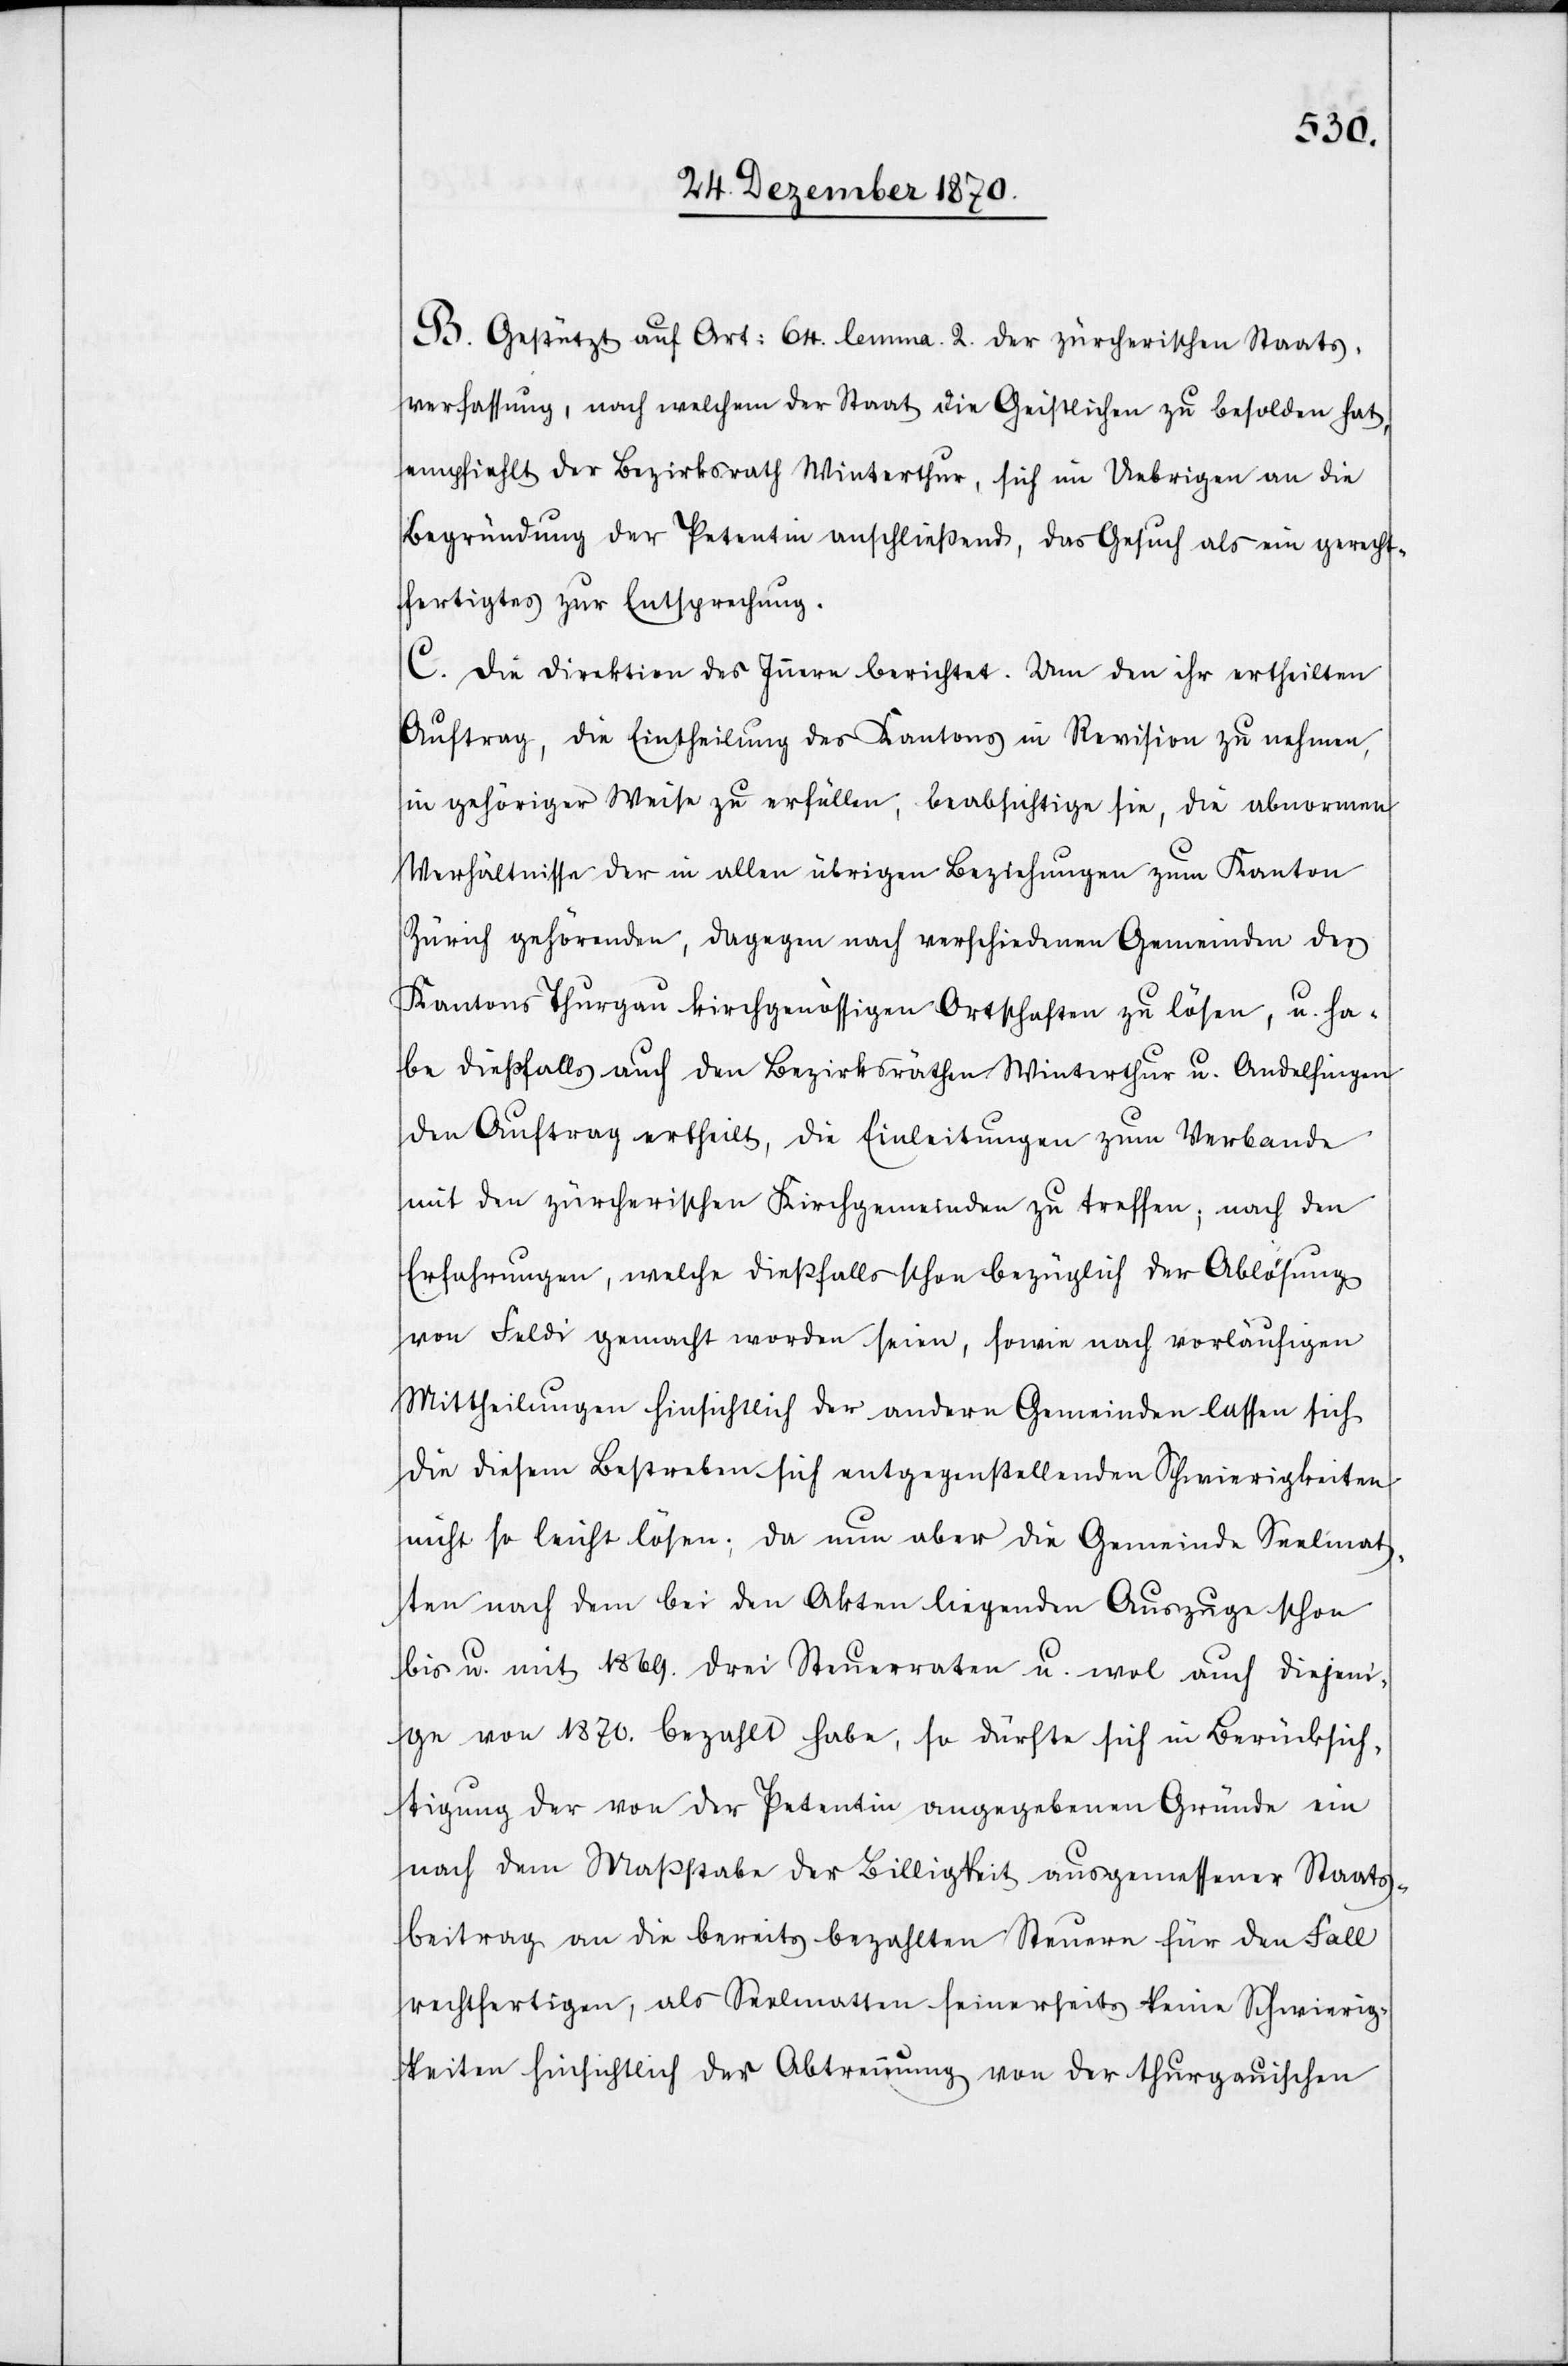
B. Gestützt auf Art: 64. lemma. 2. der zürcherischen Staats¬
verfassung, nach welchem der Staat die Geistlichen zu besolden hat,
empfiehlt der Bezirksrath Winterthur, sich im Uebrigen an die
Begründung der Petentin anschließend, das Gesuch als ein gerecht¬
fertigtes zur Entsprechung.
C. Die Direktion des Innern berichtet: Um den ihr ertheilten
Auftrag, die Eintheilung des Kantons in Revision zu nehmen,
in gehöriger Weise zu erfüllen, beabsichtige sie, die abnormen
Verhältnisse der in allen übrigen Beziehungen zum Kanton
Zürich gehörenden, dagegen nach verschiedenen Gemeinden des
Kantons Thurgau kirchgenössigen Ortschaften zu lösen, u. ha¬
be dießfalls auch den Bezirksräthen Winterthur u. Andelfingen
den Auftrag ertheilt, die Einleitungen zum Verbande
mit den zürcherischen Kirchgemeinden zu treffen, nach den
Erfahrungen, welche dießfalls schon bezüglich der Ablösung
von Feldi gemacht worden seien, sowie nach vorläufigen
Mittheilungen hinsichtlich der andern Gemeinden lassen sich
die diesem Bestreben sich entgegenstellenden Schwierigkeiten
nicht so leicht lösen; da nun aber die Gemeinde Seelmat¬
ten nach dem bei den Akten liegenden Auszuge schon
bis u. mit 1869. drei Steuerraten u. wol auch diejeni¬
gen von 1870. bezahlt habe, so dürfte sich in Berücksich¬
tigung der von der Petentin angegebenen Gründe ein
nach dem Maßstabe der Billigkeit ausgemessener Staats¬
beitrag an die bereits bezahlten Steuern für den Fall
rechtfertigen, als Seelmatten seinerseits keine Schwierig¬
keiten hinsichtlich der Abtrennung von der thurgauischen